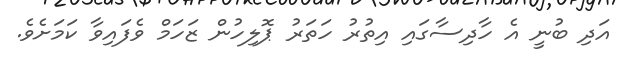
އަދި ބުނީ އެ ހާދިސާގައި އިތުރު ހަަތަރު ޕޮލިހުން ޒަހަމް ވެފައިވާ ކަަމަށެވެ.